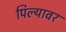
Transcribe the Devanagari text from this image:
पिल्यावर